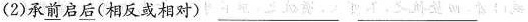
(2)承\underline{前}启\underline{后}（相反或相对）___ ___